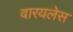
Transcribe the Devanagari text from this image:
वारयलेस